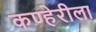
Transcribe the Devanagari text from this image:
कण्हेरीला